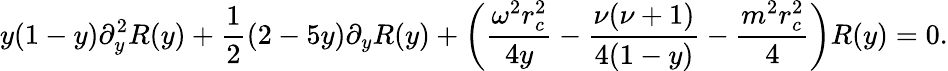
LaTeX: y(1-y)\partial_{y}^{2}R(y)+\frac{1}{2}(2-5y)\partial_{y}R(y)+\left(\frac{\omega^{2}r_{c}^{2}}{4y}-\frac{\nu(\nu+1)}{4(1-y)}-\frac{m^{2}r_{c}^{2}}{4}\right)R(y)=0.